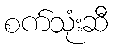
စက်သုံးဆီ